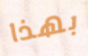
بهذا